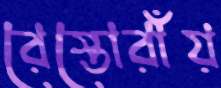
রেস্তোরাঁয়